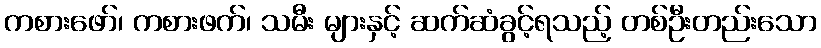
ကစားဖော်၊ ကစားဖက်၊ သမီး များနှင့် ဆက်ဆံခွင့်ရသည့် တစ်ဦးတည်းသော